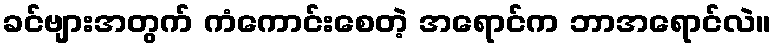
ခင်ဗျားအတွက် ကံကောင်းစေတဲ့ အရောင်က ဘာအရောင်လဲ။